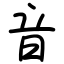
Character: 音